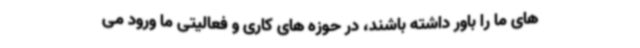
های ما را باور داشته باشند، در حوزه های کاری و فعالیتی ما ورود می